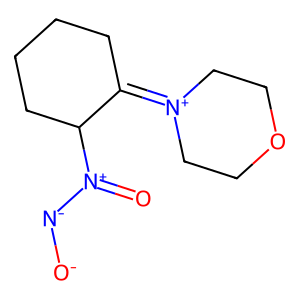
SMILES: O=[N+]([N-][O-])C1CCCCC1=[N+]1CCOCC1
Inhibits HIV replication: No